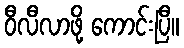
ဝီလီလာဖို့ ကောင်းပြီ။